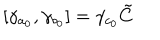
LaTeX: \left[ \gamma _ { a _ { 0 } } , \gamma _ { b _ { 0 } } \right] = \gamma _ { c _ { 0 } } \tilde { C }